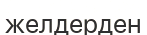
желдерден